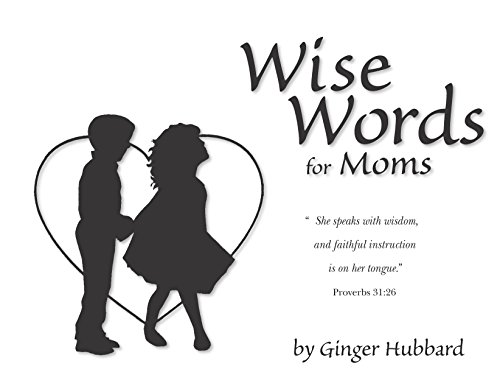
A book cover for Wise Words for Moms; Ginger Hubbard; Parenting & Relationships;